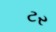
ટર